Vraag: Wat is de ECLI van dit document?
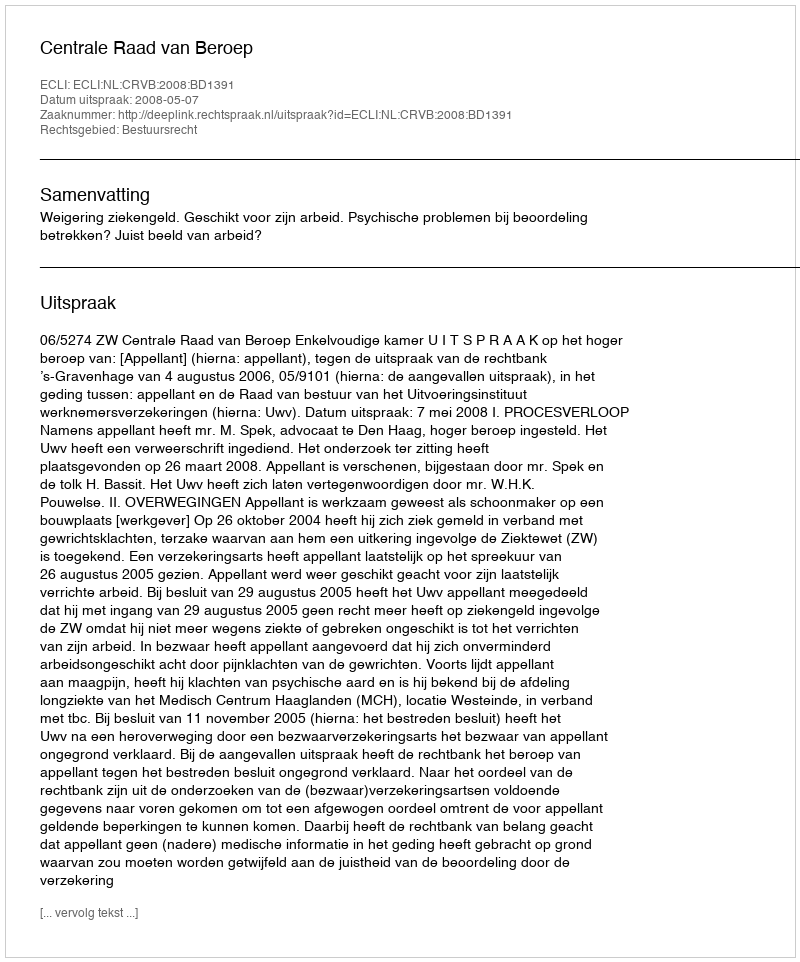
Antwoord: ECLI:NL:CRVB:2008:BD1391